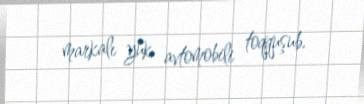
markalı yük avtomobili toqquşub.